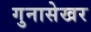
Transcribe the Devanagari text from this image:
गुनासेखर